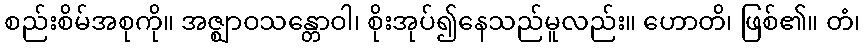
စည်းစိမ်အစုကို။ အဇ္ဈာဝသန္တောဝါ၊ စိုးအုပ်၍နေသည်မူလည်း။ ဟောတိ၊ ဖြစ်၏။ တံ၊